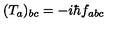
( T _ { a } ) _ { b c } = - i \hbar f _ { a b c }